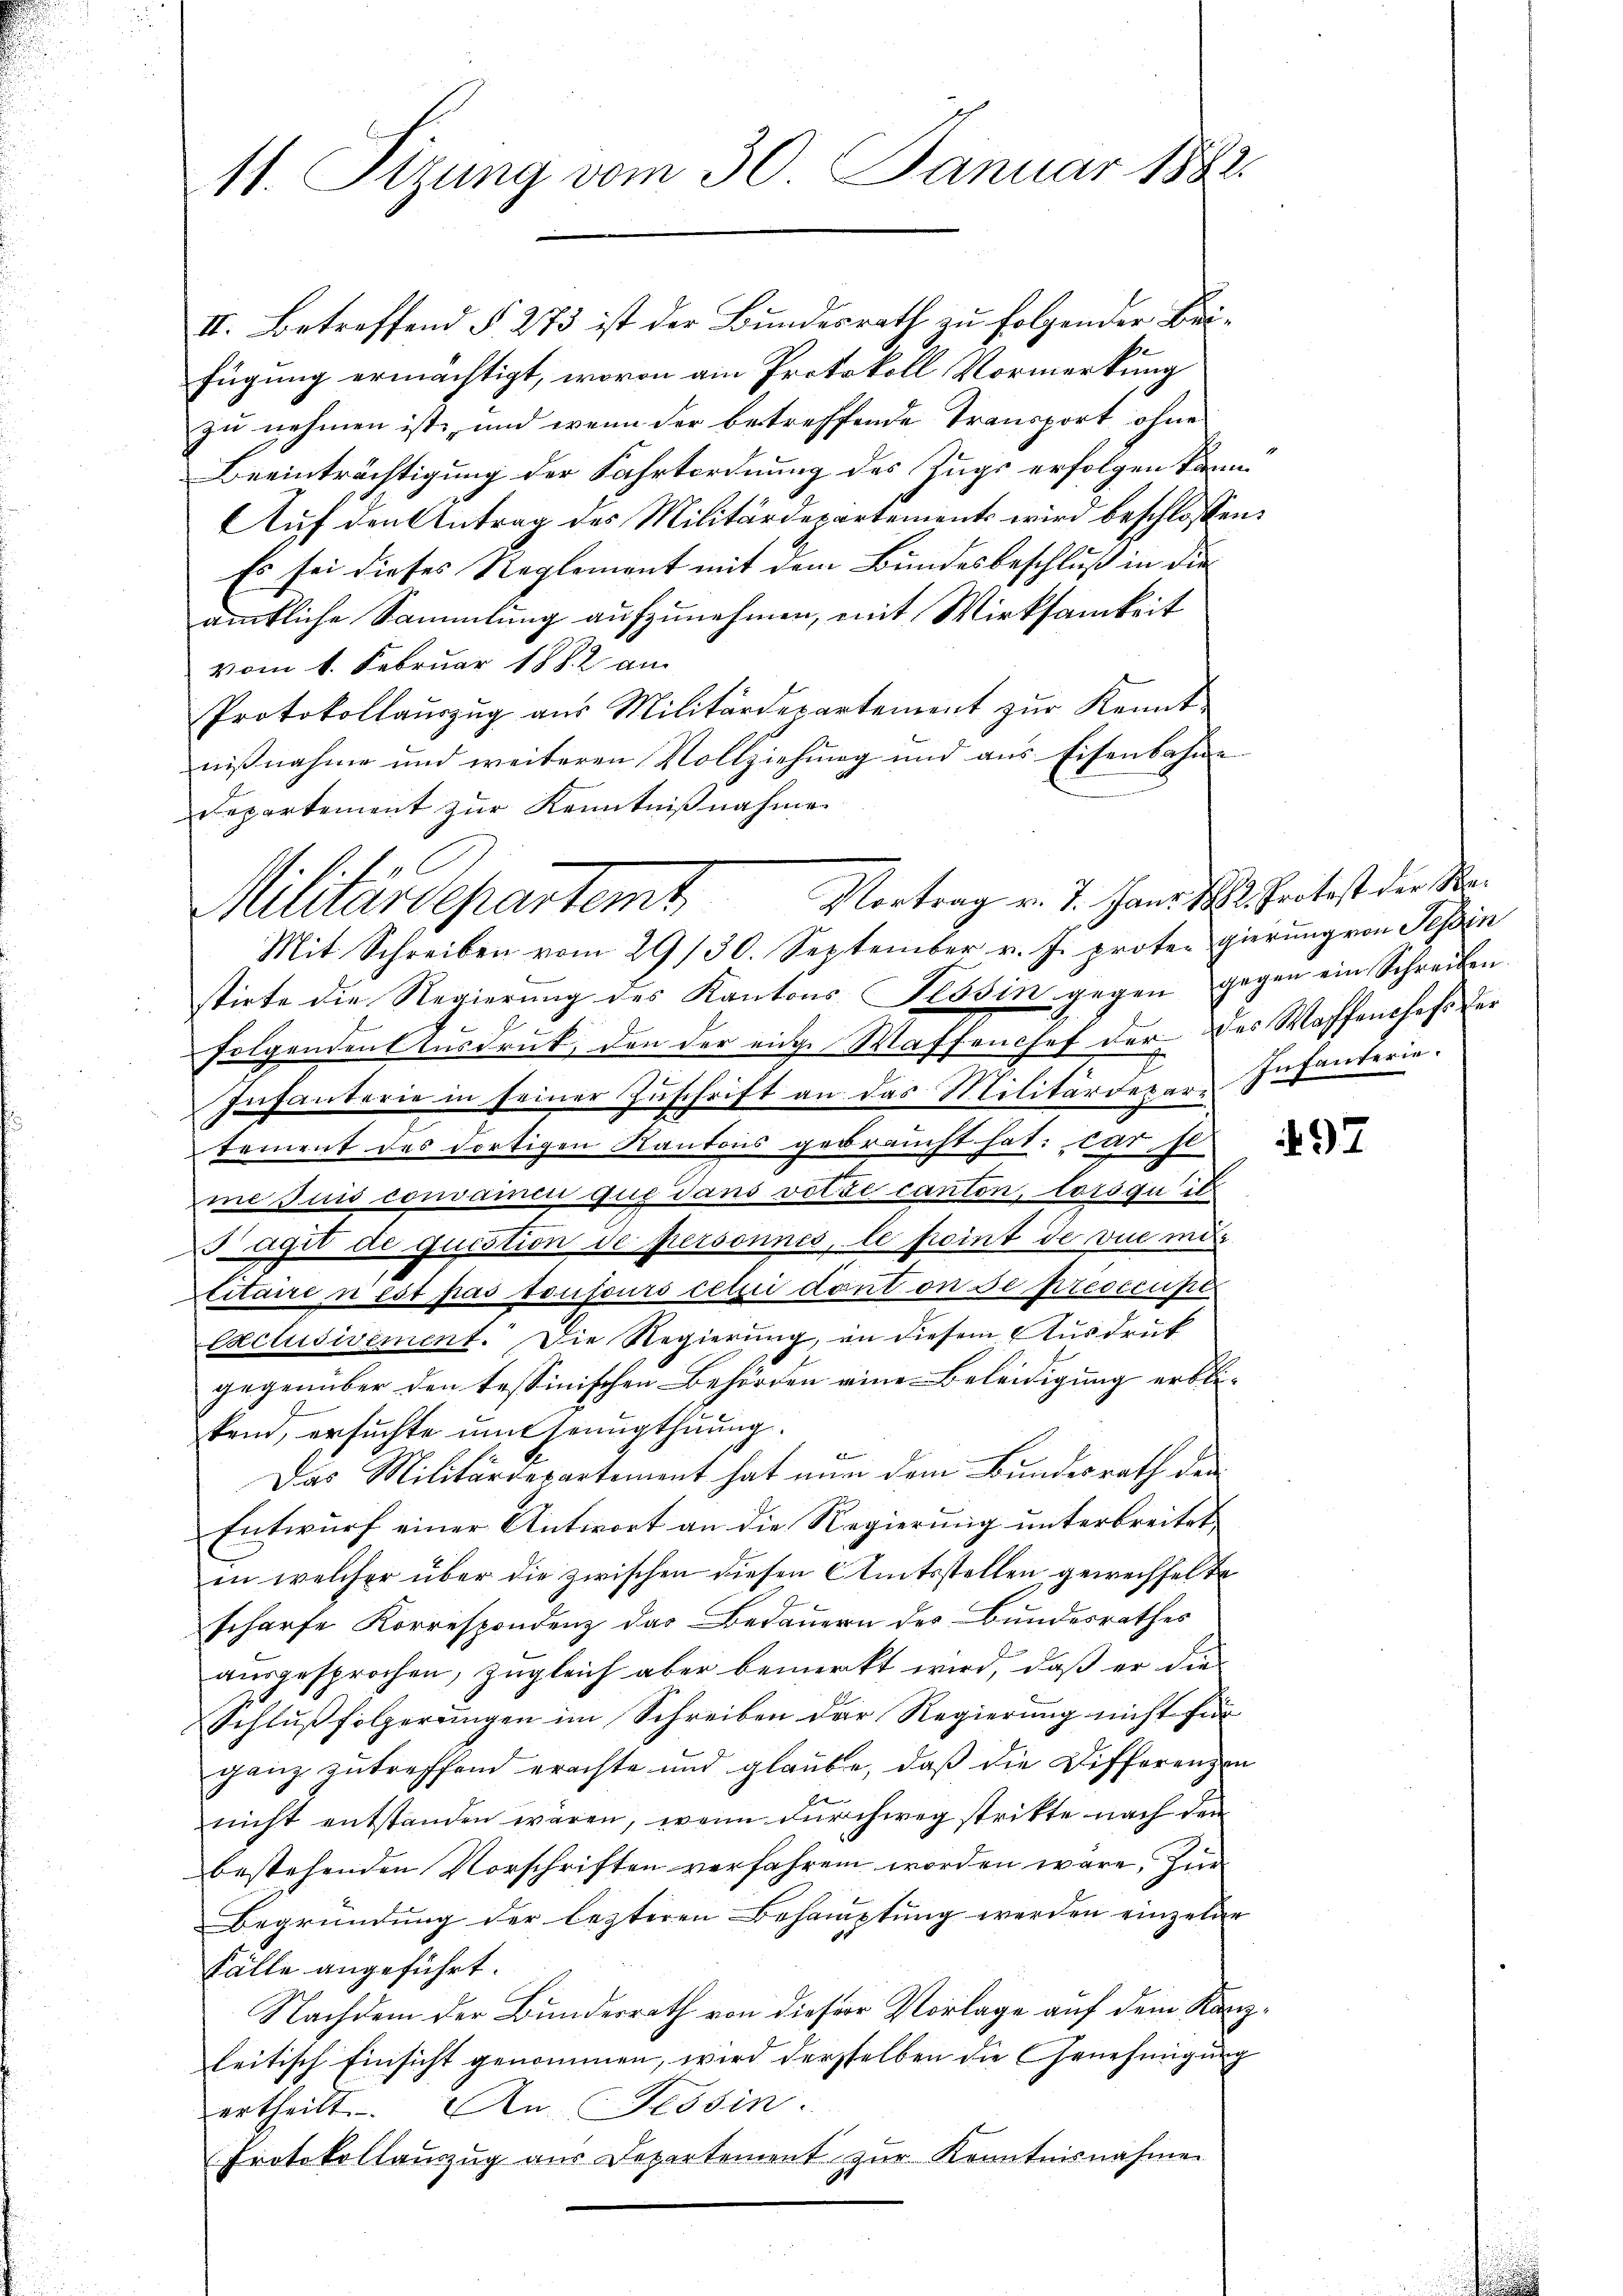
II. Betreffend § 273 ist der Bundesrath zu folgender Beifügung ermächtigt, wovon am Protokoll Vormerkung
zu nehmen ist, und wenn der betreffende Transport, ohne
Beeinträchtigung der Fahrtordnung des Zugs erfolgen kann.
Auf den Antrag des Militärdepartements wird beschlossen:
Es sei dieses Reglement mit dem Bundesbeschluß in die
ämtliche Sammlung aufzunehmen, mit Wirksamkeit
vom 1. Februar 1882 an
Protokollaŭszŭg aŭs Militärdepartement zŭr Kennt-
nißnahme und weiteren Vollziehung und aus Eisenbahne
Departement zur Kenntnißnahme
stirte die Regierung des Kantons Tessin gegen gegen ein Schreiben.
folgenden Ausdruck, den der eige Waffenchef der des Wachsenchefs der
Infanterie in seiner Zuschrift an das Militärdepars Infanterie.
tement des dortigen Kantons gebraucht hat, das se
Eine suis convamen que dans votze canton, lorsquels
 agit de question de personnes, le point de vue mit
citaire n’est pas toujours celui dont on se preoccupi
Cxclusivement. Die Regierung, in diesem Ausdruck
gegenüber den tessinischen Behörden eine Beleidigung erblikend, ersuchte um Genugthuung.
beben
Das Militärdepartement hat nun dem Bundesrath den
Entwurf einer Antwort an die Regierung unterbreitet,
in welcher über die zwischen diesen Amtsstellen gewechselte
scharfe Korrespondenz das Bedauern des Bundesrathes
ausgesprochen, zugleich aber bemerkt wird, daß er die-
Schlußfolgerungen im Schreiben der Regierung nicht für
ganz zutreffend erachte und glaube, daß die Differenzen
nicht entstanden wären, wenn durchweg strikte nach den
bestehenden Vorschriften verfahren worden wäre, Zür
Begründung der lezteren Behauptung werden einzelne
Fälle angeführt.
Nachdem der Bundesrath von dieser Vorlage auf dem Kanzleitisch Einsicht genommen, wird dersselben die Genehmigung
ertheilt. An Tessin.
Protokollauszug aus Departement zur Kenntnisnahme
u

11. Sizung vom 30. Januar 1882.

. fr
Militärdepartemt Vortrag v. 7. Janr. 1882. Protest der Ma¬
Mit Schreiben vom 29/30. September v. J. prote gierung von Tessin